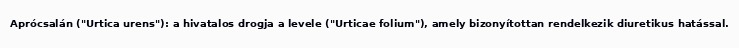
Aprócsalán ("Urtica urens"): a hivatalos drogja a levele ("Urticae folium"), amely bizonyítottan rendelkezik diuretikus hatással.